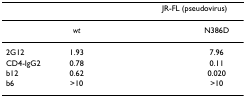
<table><thead><tr><td>[EMPTY_CELL]</td><td colspan="2">[EMPTY_CELL]</td><td colspan="2"><b>JR-FL (pseudovirus)</b></td></tr></thead><tbody><tr><td>[EMPTY_CELL]</td><td><i>wt</i></td><td>[EMPTY_CELL]</td><td>[EMPTY_CELL]</td><td>N386D</td></tr><tr><td>2G12</td><td>1.93</td><td>[EMPTY_CELL]</td><td>[EMPTY_CELL]</td><td>7.96</td></tr><tr><td>CD4-IgG2</td><td>0.78</td><td>[EMPTY_CELL]</td><td>[EMPTY_CELL]</td><td>0.11</td></tr><tr><td>b12</td><td>0.62</td><td>[EMPTY_CELL]</td><td>[EMPTY_CELL]</td><td>0.020</td></tr><tr><td>b6</td><td>&gt;10</td><td>[EMPTY_CELL]</td><td>[EMPTY_CELL]</td><td>&gt;10</td></tr></tbody></table>